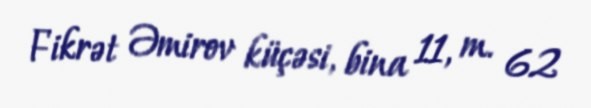
Fikrət Əmirov küçəsi, bina 11, m. 62